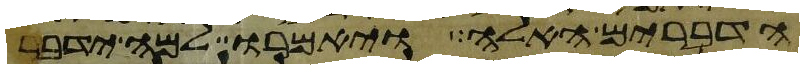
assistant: הדברים האלה ויאמרו למה ידבר